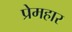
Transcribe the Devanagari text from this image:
प्रेमहार